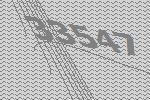
33547